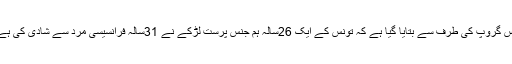
اس گروپ کی طرف سے بتایا گیا ہے کہ تونس کے ایک 26سالہ ہم جنس پرست لڑکے نے 31سالہ فرانسیسی مرد سے شادی کی ہے۔